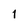
Character: 1